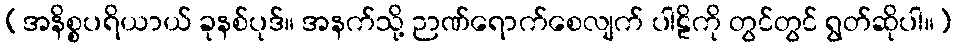
[အနိစ္စပရိယာယ် ခုနစ်ပုဒ်။ အနက်သို့ ဉာဏ်ရောက်စေလျက် ပါဠိကို တွင်တွင် ရွတ်ဆိုပါ။]